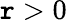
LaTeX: \mathtt{r}>0